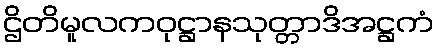
ဌိတိမူလကဝုဋ္ဌာနသုတ္တာဒိအဋ္ဌကံ